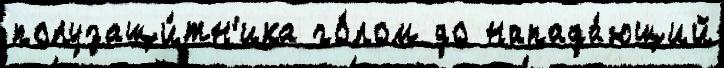
полузащи́тн'ика го́лом до напада́ющий